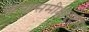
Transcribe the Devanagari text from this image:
कथासमीक्षादृष्टीस